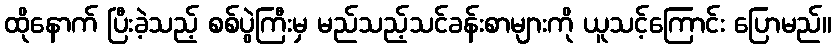
ထိုနောက် ပြီးခဲ့သည့် စစ်ပွဲကြီးမှ မည်သည့်သင်ခန်းစာများကို ယူသင့်ကြောင်း ပြောမည်။